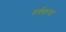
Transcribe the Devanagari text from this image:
वर्गवार्‍या